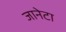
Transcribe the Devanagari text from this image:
जानेटा